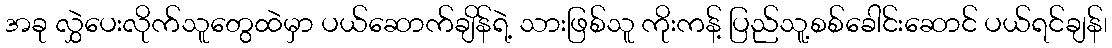
အခု လွှဲပေးလိုက်သူတွေထဲမှာ ပယ်ဆောက်ချိန်ရဲ့ သားဖြစ်သူ ကိုးကန့် ပြည်သူ့စစ်ခေါင်းဆောင် ပယ်ရင်ချန်၊